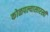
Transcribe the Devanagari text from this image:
कोळपल्यासारखी